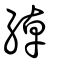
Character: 綽